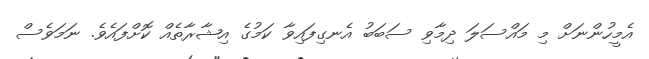
އެމީހުންނަށް މި މައްސަލަ ދިމާވި ސަބަބު އެނގިފައިވާ ކަމުގެ އިޝާރާތެއް ކޮށްފައެވެ. ނަމަވެސް